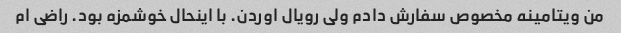
من ویتامینه مخصوص سفارش دادم ولی رویال اوردن. با اینحال خوشمزه بود. راضی ام